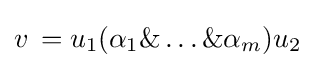
v\,=u_{1}(\alpha _{1}\&\ldots \&\alpha _{m})u_{2}